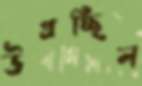
উগ্‌রচ্ছিল